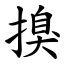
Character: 搝